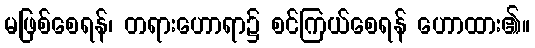
မဖြစ်စေရန်၊ တရားဟောရာ၌ စင်ကြယ်စေရန် ဟောထား၏။